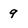
Character: 9